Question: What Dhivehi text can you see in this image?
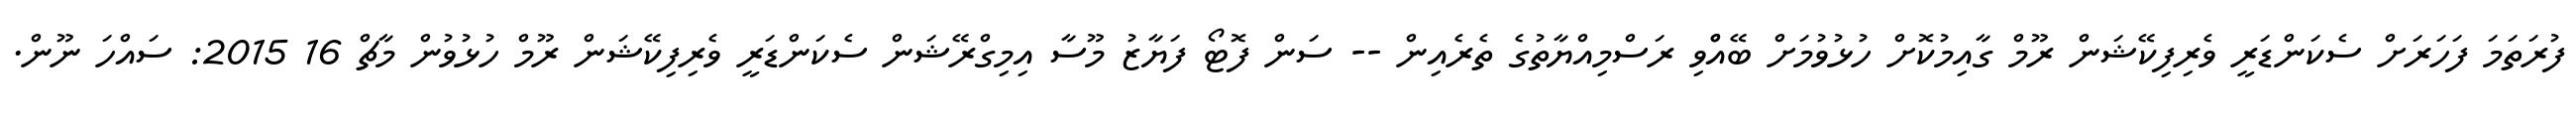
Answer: ފުރަތަމަ ފަހަރަށް ސެކަންޑަރީ ވެރިފިކޭޝަން ރޫމް ގާއިމުކޮށް ހުޅުވުމަށް ބޭއްްވި ރަސްމިއްޔާތުގެ ތެރެއިން -- ސަން ފޮޓޯ ފަޔާޒު މޫސާ އިމިގްރޭޝަން ސެކަންޑަރީ ވެރިފިކޭޝަން ރޫމް ހުޅުވުން މާޗް 16 2015: ސައްހަ ނޫން.